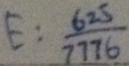
E : \frac { 6 2 5 } { 7 7 7 6 }